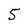
Character: 5